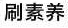
刷素养